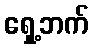
ရှေ့ဘက်